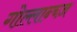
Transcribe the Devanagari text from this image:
गोल्लान्च्ज़